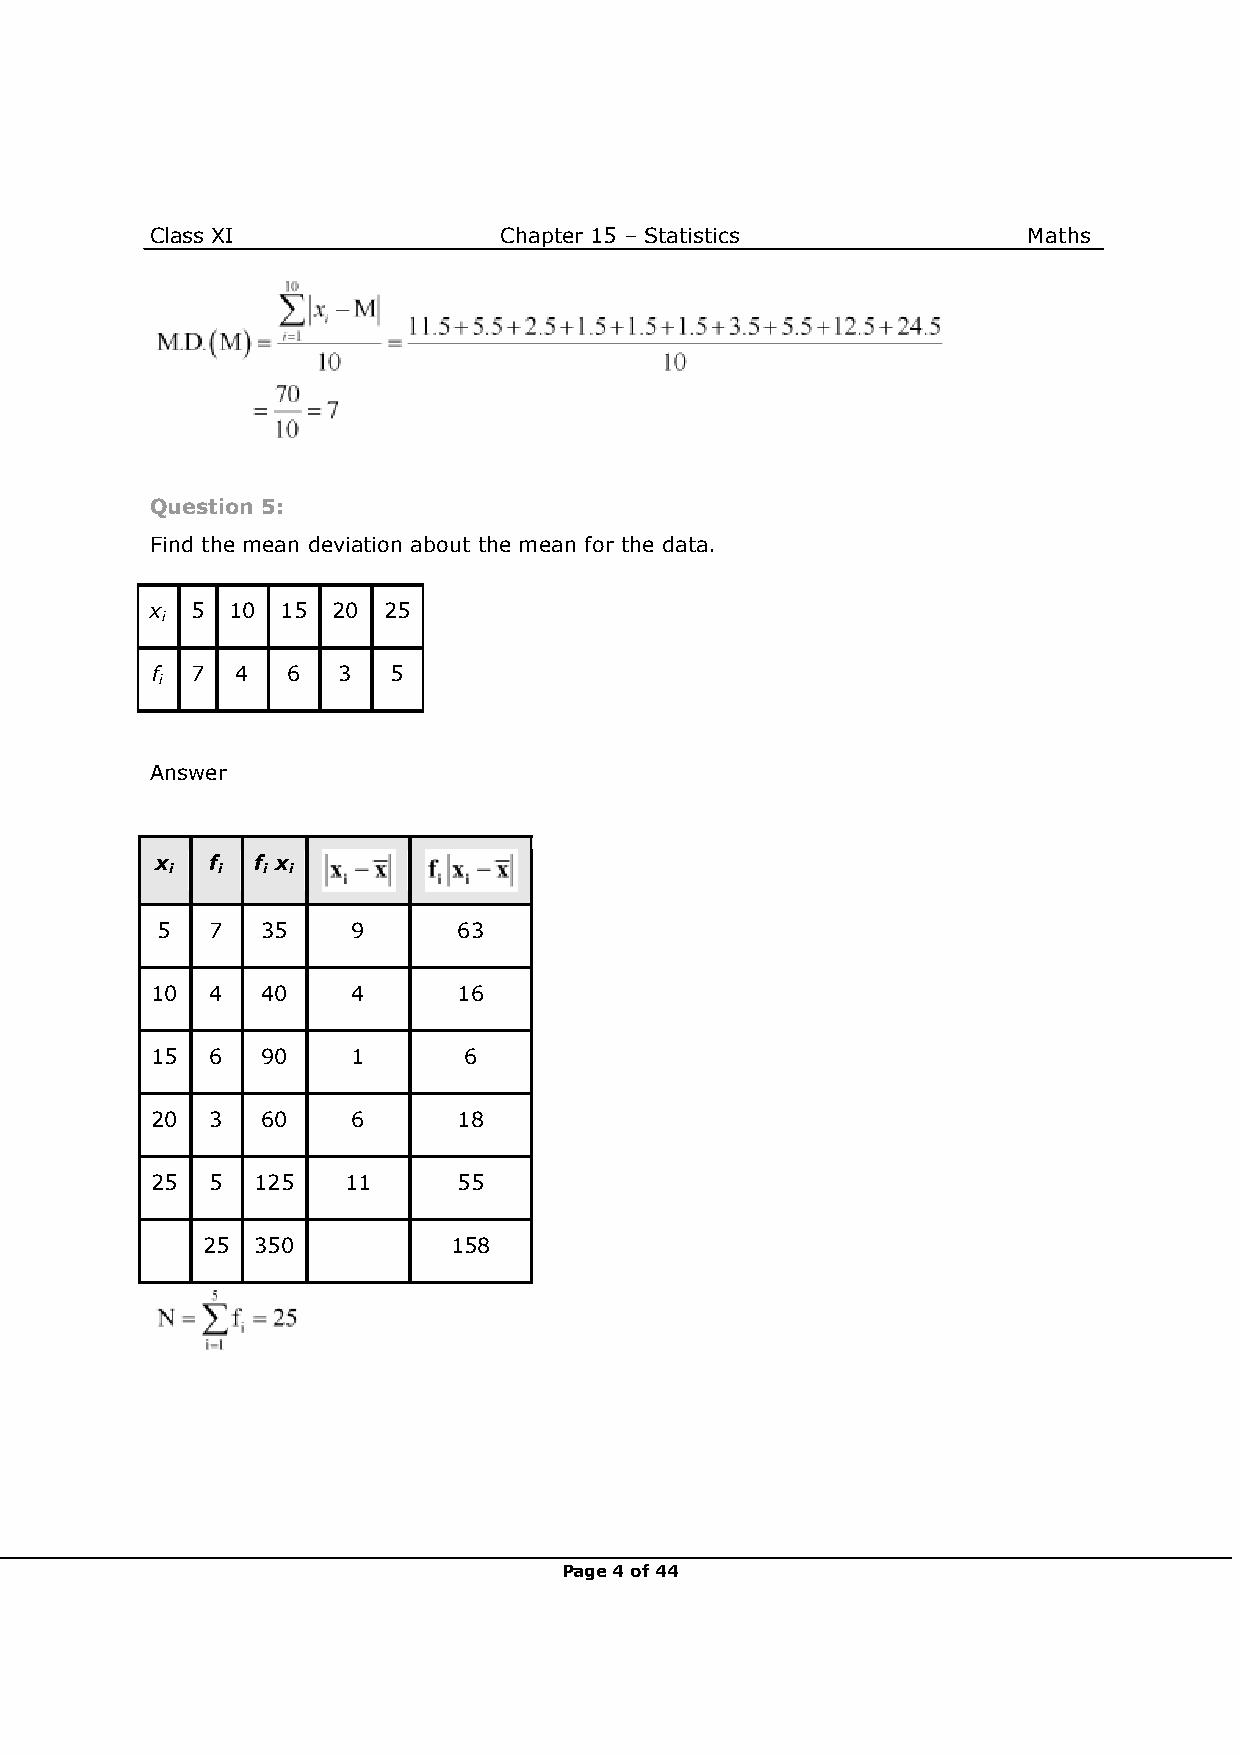
Class XI               Chapter 15 – Statistics            Maths
 Question 5:
 Find the mean deviation about the mean for the data.
 x  5 10  15 20 25
 i
 f  7  4  6  3   5
 i
 Answer
 x   f  f x
 i  i  i i
 5   7  35    9      63
 10  4  40    4      16
 15  6  90    1       6
 20  3  60    6      18
 25  5  125   11     55
 25  350          158
 Page 4 of 44